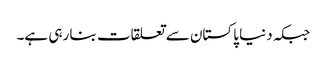
جبکہ دنیا پاکستان سے تعلقات بنا رہی ہے۔